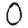
Digit: 0